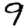
Digit: 9